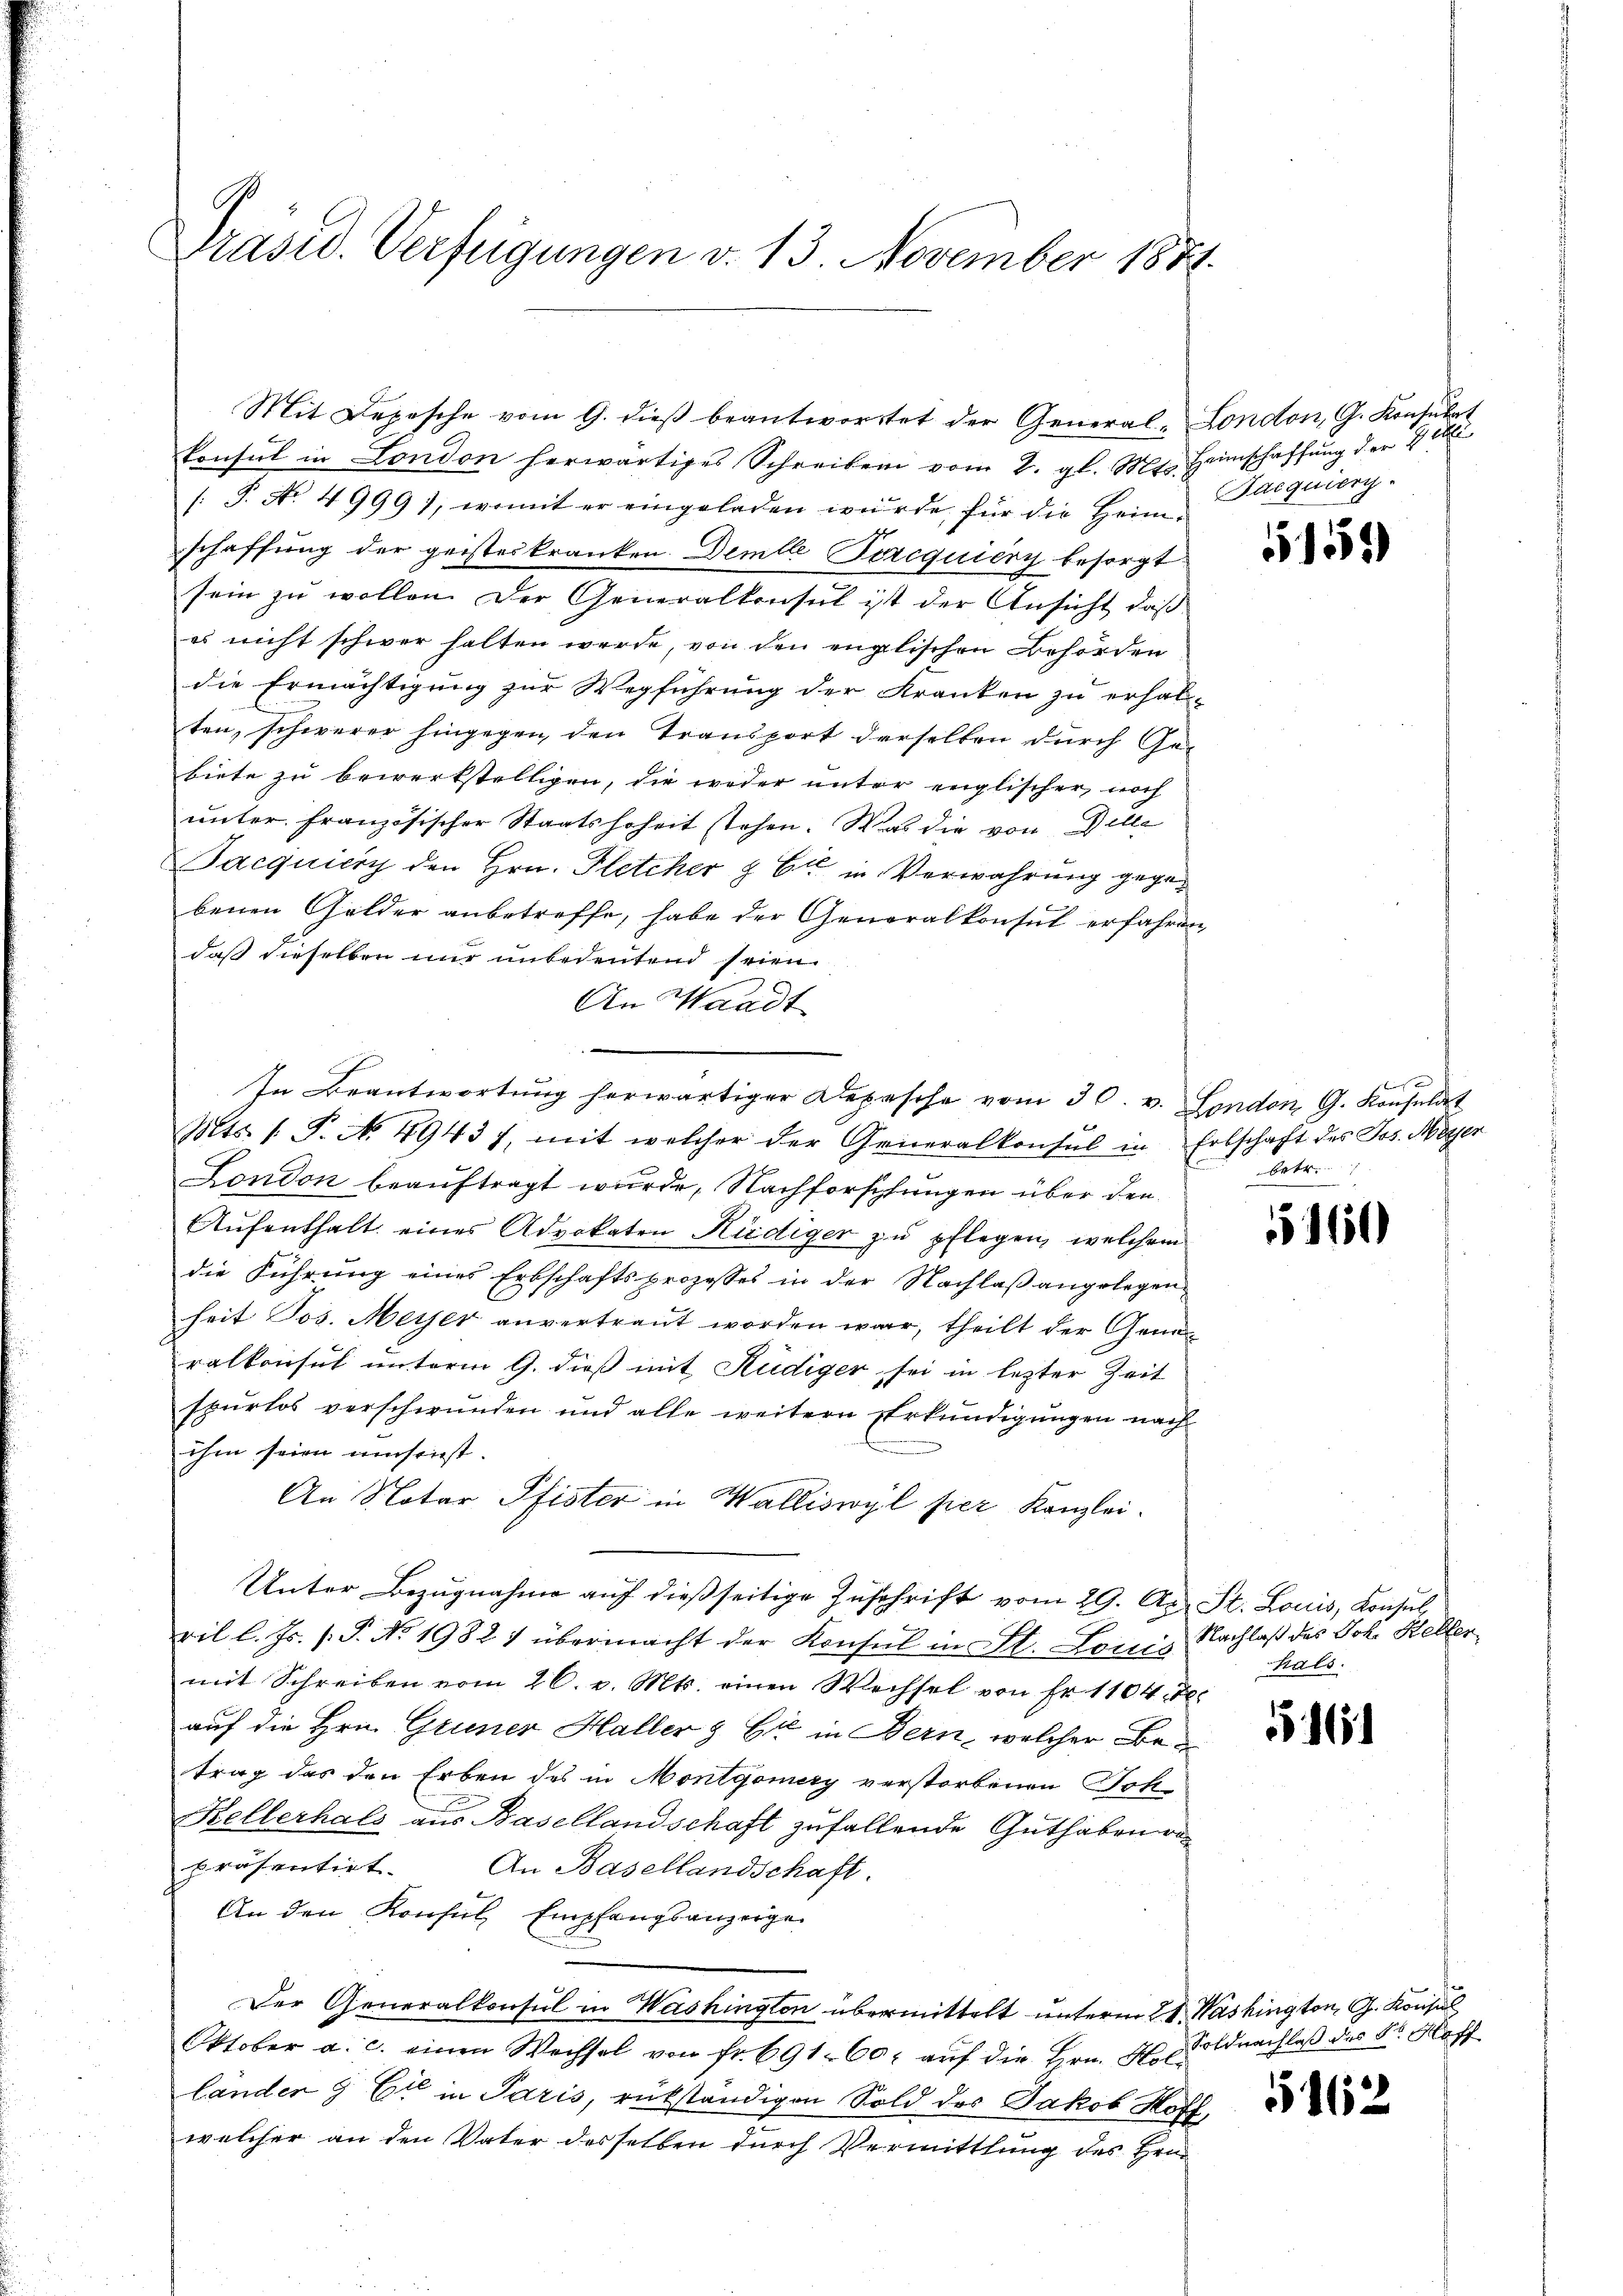
Präsid. Verfügungen v. 13 November 1871.

Consul in London herwärtiges Schreiben vom 2. gl. Mts. Heimschaffŭng der Heb
/: J. No. 4999), womit er eingeladen würde, für die Heim-
schaffung der geisteskranken. Demte Percquiery besorgt
sein zu wollen. Der Generalkonsul ist der Ansicht, daß
es nicht schwer halten werde, von den englischen Behörden
die Ermächtigung zur Wegführung der Kranken zu erhal-
ten, schwerer hingegen, den Transport derselben durch Gebiete zu bewerkstelligen, die weder unter englischer noch
unter französischer Staatshoheit stehen. Was die von Delle
Pacquicky den Hrn. Fletcher & Er in Verwahrung gegebenen Gelder anbetreffe, habe der Generalkonsul erfahren
daß dieselben nur unbedeutend seien.
An Waadt
Mts. 1. P. N. 49437, mit welcher der Generalkonsul in Erbschaft des Jos. Meyer
London beauftragt wurde, Nachforschungen über den
Aŭfenthalt eines Advokaten Hediger zu pflegen, welchem
die Führung eines Erbschaftsprozesses in der Nachlaß angelegen-
heit Jos. Meyer anvertraut worden war, theilt der Generalkonsul unterm 9. dieß mit Rüdiger sei in lezter Zeit
spurlos verschwunden und alle weitern Erkundigungen nach
ihm seien umsonst.
An Notar Pfister in Walliswyl per Kanzlei.
Unter Bezugnahme auf dießseitige Zuschrift vom 29. Apr. St. Louis, Konsul,
ril l. Js. (T. No. 1982) übermacht der Konsul in St. Louis Nachlaß des Joh. Kellen
mit Schreiben vom 26. v. Mts. einen Wechsel von Fr. 1104. Fe
auf die Hrn. Grüner Haller & Cie in Bern, welcher Betrag das den Erben des in Montgomery verstorbenen Tote¬
Kellerhals aus Basellandschaft zufallende Guthaben we
präsentirt. An Basellandschaft.
An den Konsul, Empfangsanzeigen
Der Generalkonsul in Washington übermittelt unterm 21. Washington, G. Konsul
Oktober a. c. einen Wechsel von fr. 691. 60 auf die Hrn. Holländer 9 Cie in Paris, rükständigen Sold des Jakob Hoff
welcher an den Vater desselben durch Vermittlung des Hrn.

Mit Depesche vom 9. dieβ beantwortet der General-London, G. Konsulat

In Beantwortŭng herwärtiger Depesche vom 30. v. London G. Konsuldet

Jacquier

5159)

Betre

160

hals.

16

Soldnachlaß des Sr Hoff